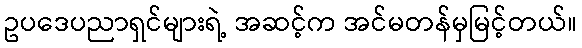
ဥပဒေပညာရှင်များရဲ့ အဆင့်က အင်မတန်မှမြင့်တယ်။